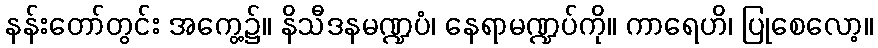
နန်းတော်တွင်း အကွေ့၌။ နိသီဒနမဏ္ဍပံ၊ နေရာမဏ္ဍပ်ကို။ ကာရေဟိ၊ ပြုစေလော့။